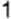
1